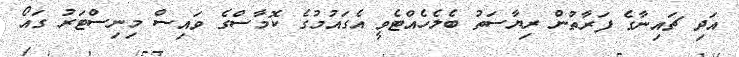
އަދި ޗައިނާގެ ފަރާތުން ރިޔާސަތު ބެލެހެއްޓެވީ އެގައުމުގެ ކޮމާސްގެ ވައިސް މިނިސްޓަރު ގައޯ